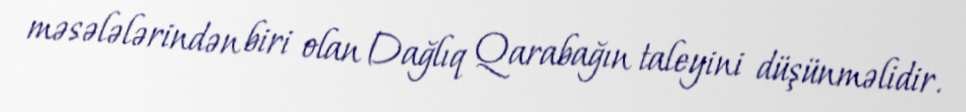
məsələlərindən biri olan Dağlıq Qarabağın taleyini düşünməlidir.